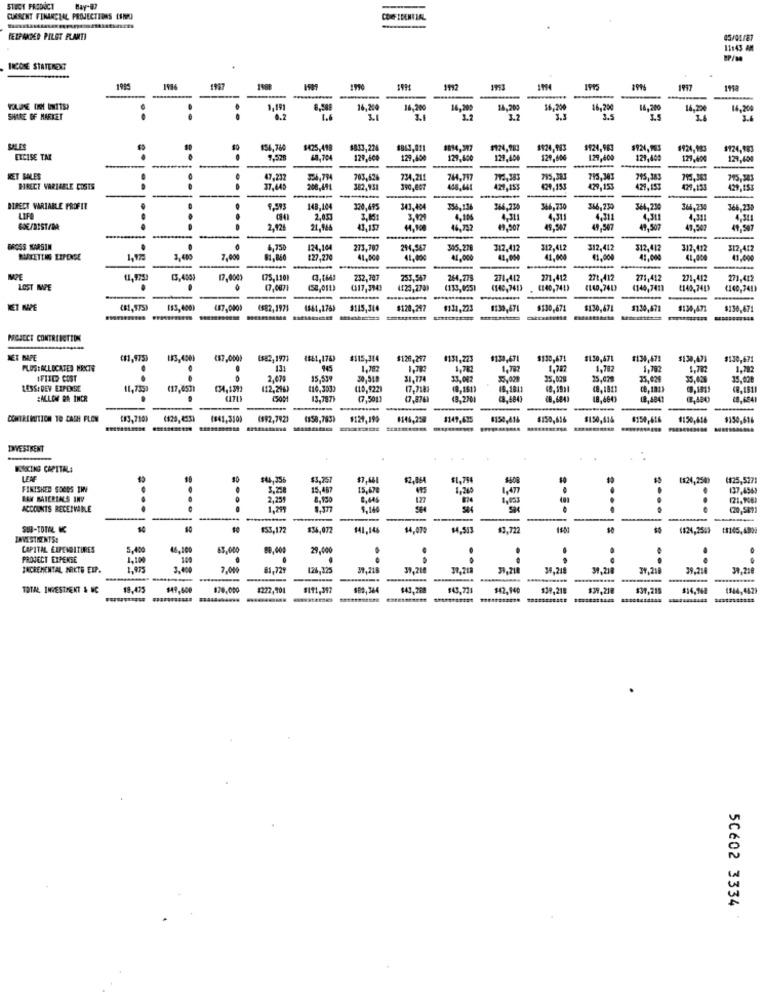
STEGT PRODUCT
CURRENT FINANCIAL PROJECTIONS COMO
COOF IDENTIAL
FELPANDED PILST PLANTI
11:43 AM
INCOME STATEMENT
1985
1927
195a
1,19]
8,988
16,200
16,200
14,20:
14,200
16,200
16,20
14,200
14.220
14,200
SHARE BF MARKET
6.2
3.1
3.2
3.2
3.5
3.4
156,780
$425,498
$833,226
$963,011
$814,317
$126,983
$924,983
$924,993
#924,983
$924,983
EXCISE TAX
9,52
68.704
129,600
129,400
129,800
129,400
129,600
129,400
129,400
129,400
121,600
-
-
KET SALES
47,232
703,426
734,211
764,797
712,383
795,383
795,383
795,383
DIRECT VARIABLE COSTS
..
37,445
208,494
382.93
390,007
458,441
421,155
429,153
429,153
429,153
429,153
429,153
-
DIRECT VARIABLE PROFIT
148,104
320,495
343,404
356,136
344,235
346,730
366,230
364,230
364,230
364,23
LIFE
2,053
3,101
3.429
4.106
4.31
4,31
4.311
4,30
GOE/BIST/BA
.
2,921
21,946
43,13
44,900
46,752
49,90
49,507
49,507
47,507
49,507
-
BROSS KARSIN
6,750
124.10
273,707
214,567
305,278
312,412
312,412
312,412
312,412
312,412
$12,412
RISTETENG LEPENSE
1,175
3,400
7,000
81,860
127,270
41,000
41,00€
41,000
41,000
41,000
41,000
41,000
41,000
41,000
-
IMPE
17,0003
175,110)
252,707
253,567
284,778
271,412
271,412
278,412
271,412
271,412
271,412
LOST IMPE
.
17,007
(58,011)
(317,3943
(133,0551
(140,7413
(144,7411
1140,7413
(140,741)
KET NPE
133,400)
(87,000)
1582,1971
(841,176)
4115,344
$120,217
$131,223
#139,671
$130,671
$130,671
$130,671
$130,471
$130,671
PROJECT CONTRIBUTION
NET MAPE
($1,975)
153,4501
($7,000)
($82,1971
#115,314
#128,297
4131,223
#133,471
$130,67!
11.30,671
#139,471
$130,47%
$130,471
PLUS: ALLOCATED MEKTE
.
.
111
945
1.78?
1.782
1.782
1,787
1.787
1.783
1.782
IFIXED COST
2,079
15.539
30,510
31.774
33,002
3.029
35.028
25,079
35,420
RESS: DEY EXPENSE
11,7359
(17,053)
(12,296)
(10,3533
(10,9229
17,7183
(8,161)
18.1811
(8,1811
0,1811
:ALLOW RR INCR
13.787}
(7,5011
(3,2201
18,4841
(8,48€)
C8,694)
----
CONTREMEITION TO CASH FLOW
(83,710)
(841,310)
(592,792)
(358,783)
$129,199
1146,259
4149,625
$150,414
$150,616
$150,414
$150,616
$150,616
$150,616
INVESTMENT
WORKING CAPITALA
LEN
$3,757
$7,661
$2,064
$1,794
1124,250)
(125,5271
FINISHED GOODS THY
3.25
15,487
15,678
1,477
.
137,4569
RAK BATERIALS INV
2.251
8,130
122
1,053
121,908)
ACCOUNTS RECEIVABLE
....
1.211
1.177
9.144
SK
....
...
(20,5891
--
SUB-TOTAL &C
10
$53,172
$34,072
$41,146
$4,075
$4,513
$3,722
(124,250)
(1145,4999
INVESTMENTS:
CAPITAL EXPENDITURES
5,400
46,100
63,000
89,000
29,000
-
PROJECT EXPENSE
1,100
109
.
.
..
.
INCREMENTAL MEKTE EIP.
1.975
3.000
7,000
81,729
126,325
31,218
39.218
39,218
39,218
39,218
39,218
39,216
39,218
----
TOTAL, INVESTMENT & NC
$49,50
$70.000
#222,901
$111,397
143,269
#43,731
$42,940
$39,218
$39,218
$39,215
$14,169
(344,442)
50602 3334